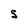
Character: S